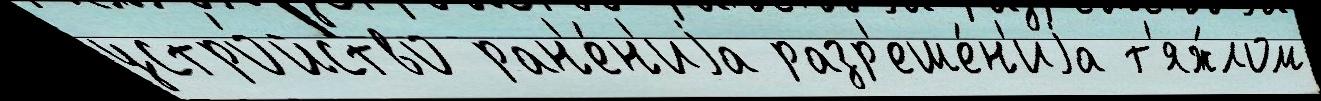
устро́йство ран'е́н'иjа разр'еше́н'иjа т'яж́лом